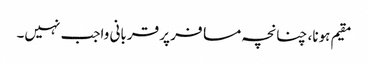
مقیم ہونا، چنانچہ مسافر پر قربانی واجب نہیں۔